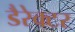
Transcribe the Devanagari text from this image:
डैरेक्टर